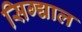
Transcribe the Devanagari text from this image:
सिग्द्याल